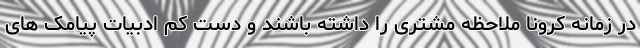
در زمانه کرونا ملاحظه مشتری را داشته باشند و دست کم ادبیات پیامک های